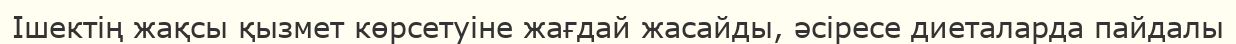
Ішектің жақсы қызмет көрсетуіне жағдай жасайды, әсіресе диеталарда пайдалы